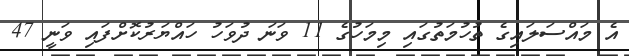
އެ މައްސަލައިގެ ތުހުމަތުގައި މިމަހުގެ 11 ވަނަ ދުވަހު ހައްޔަރުކޮށްފައި ވަނީ 47